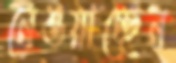
নেওয়াচ্ছেন